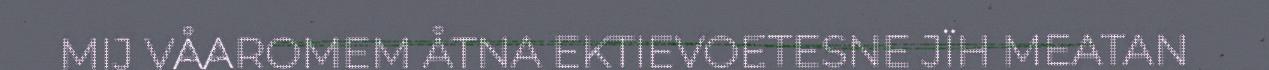
MIJ VÅAROMEM ÅTNA EKTIEVOETESNE JÏH MEATAN